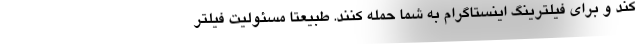
کند و برای فیلترینگ اینستاگرام به شما حمله کنند. طبیعتاً مسئولیت فیلتر